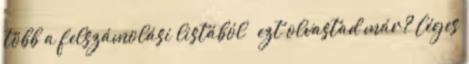
több a felszámolási listából › ezt olvastad már? Céges